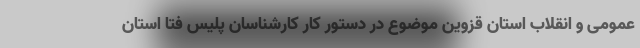
عمومی و انقلاب استان قزوین موضوع در دستور کار کارشناسان پلیس فتا استان